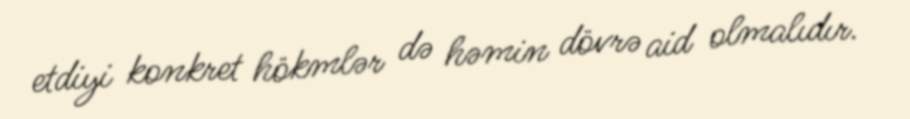
etdiyi konkret hökmlər də həmin dövrə aid olmalıdır.